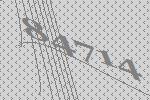
84714